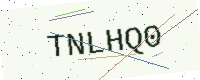
Text: TNLHQ0